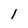
Character: 1